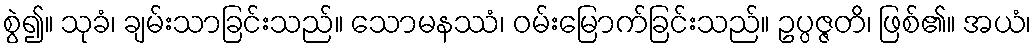
စွဲ၍။ သုခံ၊ ချမ်းသာခြင်းသည်။ သောမနဿံ၊ ဝမ်းမြောက်ခြင်းသည်။ ဥပ္ပဇ္ဇတိ၊ ဖြစ်၏။ အယံ၊